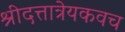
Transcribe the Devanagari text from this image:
श्रीदत्तात्रेयकवच